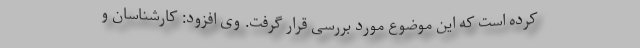
کرده است که این موضوع مورد بررسی قرار گرفت. وی افزود: کارشناسان و